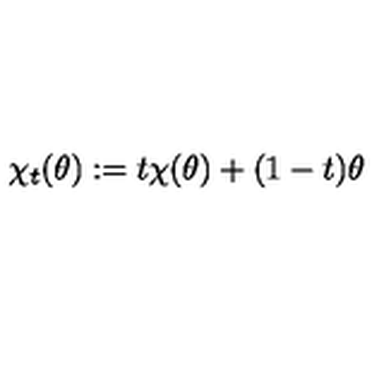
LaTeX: \chi _ { t } ( \theta ) : = t \chi ( \theta ) + ( 1 - t ) \theta